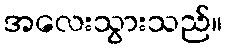
အလေးသွားသည်။